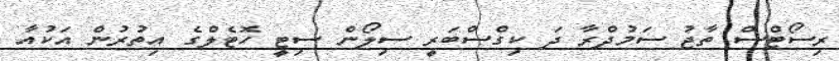
ރިސޯޓްސް ތާޖު ސަމުދްރާ ދަ ކިގްސްބަރީ ސިލޯން ސިޓީ ހޮޓެލްގެ އިތުރުން އަކުއާ